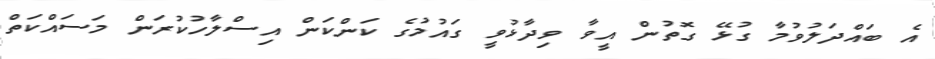
އެ ބައްދަލުވުމާ ގުޅޭ ގޮތުން އީވާ ވިދާޅުވީ ގައުމުގެ ކަންކަން އިސްލާހުކުރަން މަސައްކަތް